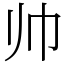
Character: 帅